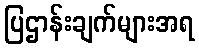
ပြဌာန်းချက်များအရ